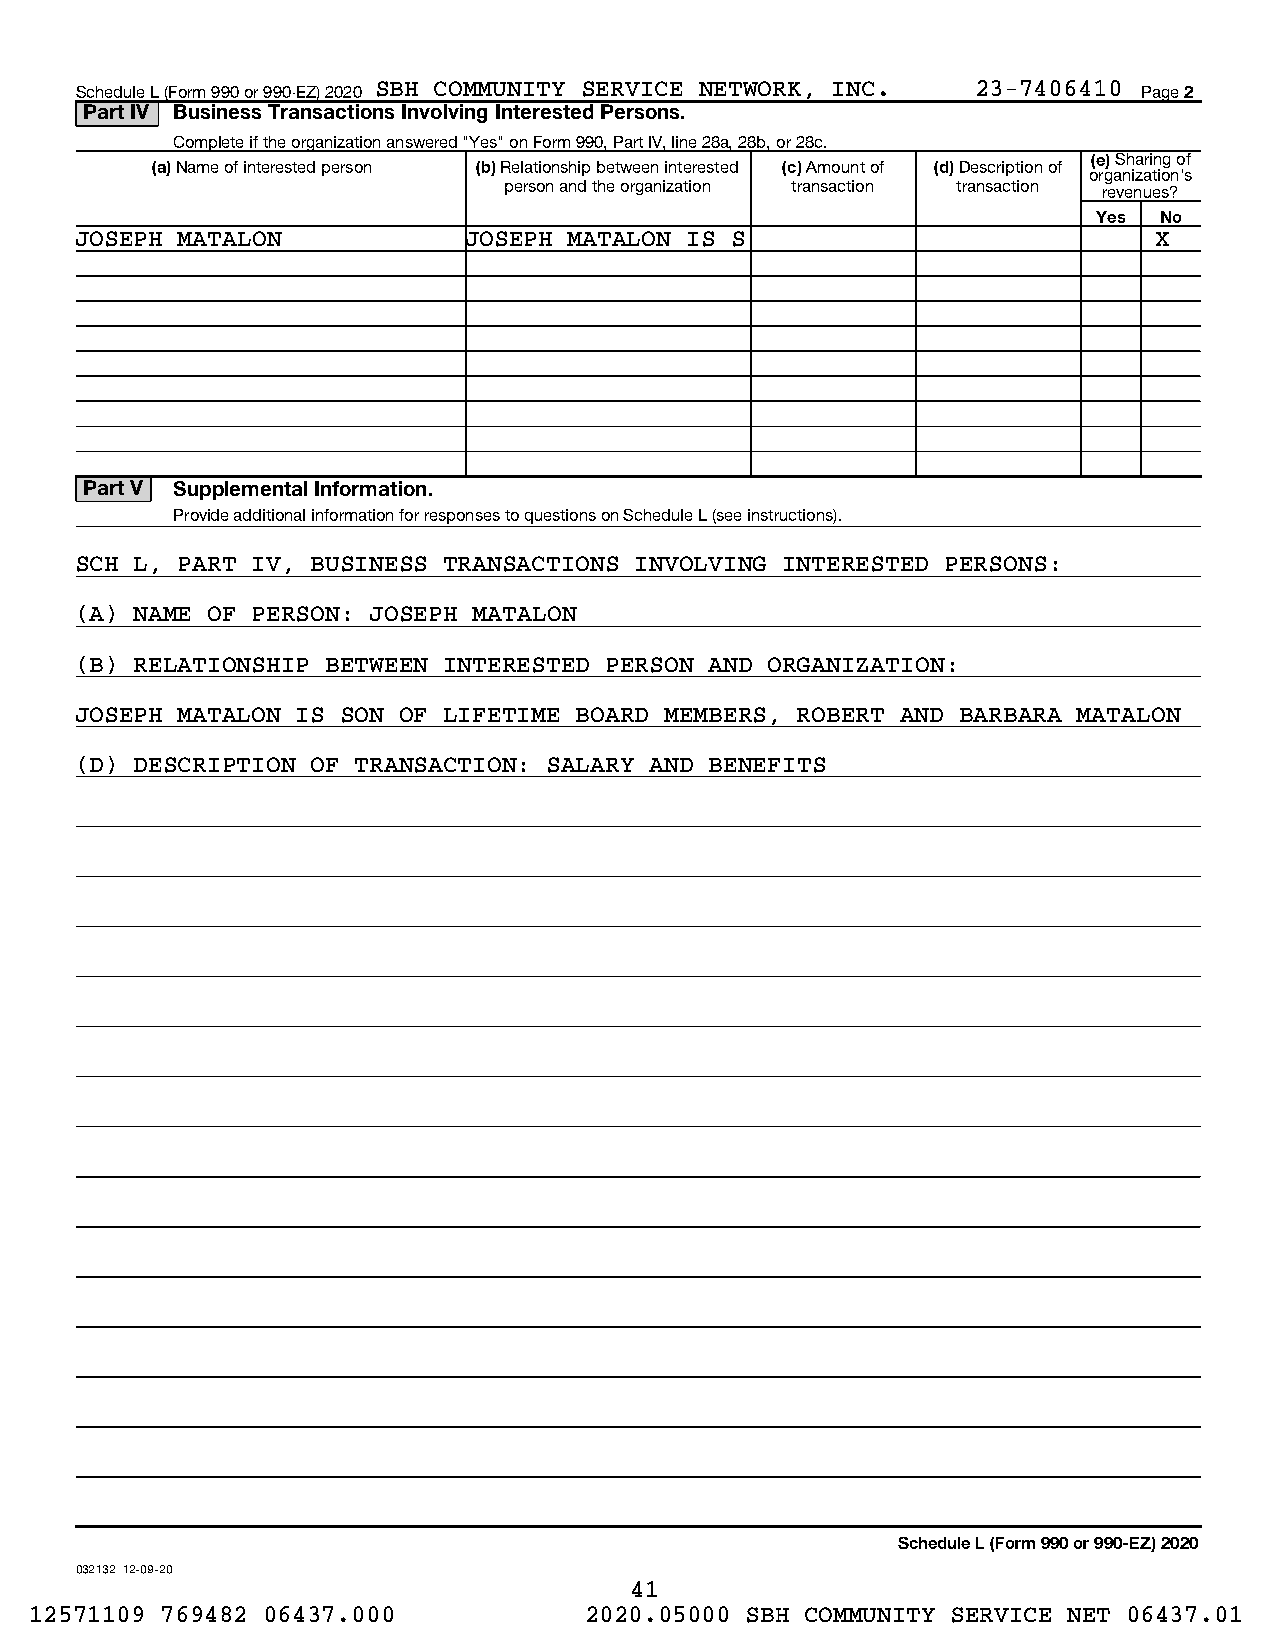
Schedule L (Form 990 or 990-EZ) 2020 SBH COMMUNITY SERVICE NETWORK, INC. 23-7406410 Page 2
 Part IV Business Transactions Involving Interested Persons.
 Complete if the organization answered "Yes" on Form 990, Part IV, line 28a, 28b, or 28c.
 (e) Sharing of
 (a) Name of interested person (b) Relationship between interested (c) Amount of (d) Description of
 organization's
 person and the organization transaction transaction revenues?
 Yes No
 JOSEPH MATALON            JOSEPH MATALON IS S                          X
 Part V Supplemental Information.
 Provide additional information for responses to questions on Schedule L (see instructions).
 SCH L, PART IV, BUSINESS TRANSACTIONS INVOLVING INTERESTED PERSONS:
 (A) NAME OF PERSON: JOSEPH MATALON
 (B) RELATIONSHIP BETWEEN INTERESTED PERSON AND ORGANIZATION:
 JOSEPH MATALON IS SON OF LIFETIME BOARD MEMBERS, ROBERT AND BARBARA MATALON
 (D) DESCRIPTION OF TRANSACTION: SALARY AND BENEFITS
 Schedule L (Form 990 or 990-EZ) 2020
 032132 12-09-20
 41
 12571109 769482 06437.000            2020.05000 SBH COMMUNITY SERVICE NET 06437.01